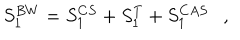
S _ { 1 } ^ { B W } = S _ { 1 } ^ { C S } + S _ { 1 } ^ { T } + S _ { 1 } ^ { C A S } ,